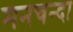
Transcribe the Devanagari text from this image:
मनचन्दा